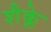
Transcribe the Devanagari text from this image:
शैक्ले